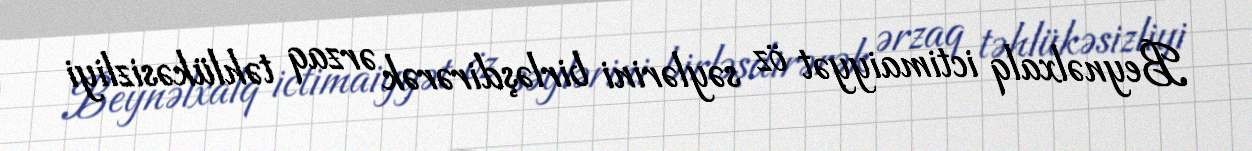
Beynəlxalq ictimaiyyət öz səylərini birləşdirərək ərzaq təhlükəsizliyi